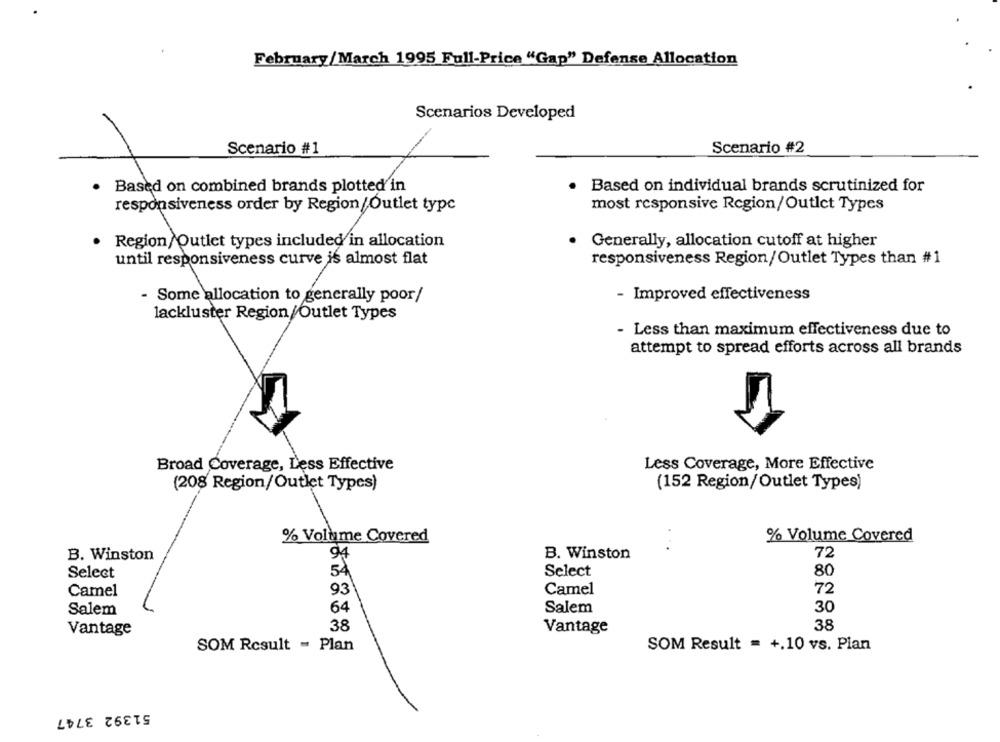
February/March 1995 Full-Price "Gap" Defense Allocation
Scenarios Developed
Scenario #2
Scenario #1
Based on combined brands plotted in
· Based on individual brands scrutinized for
responsiveness order by Region /Outlet type
most responsive Region/Outlet Types
. Region/Outlet types included in allocation
Generally, allocation cutoff at higher
until responsiveness curve is almost flat
responsiveness Region/Outlet Types than # 1
- Improved effectiveness
- Some allocation to generally poor/
lackluster Region/Outlet Types
- Less than maximum effectiveness due to
attempt to spread efforts across all brands
Broad Coverage, Less Effective
Less Coverage, More Effective
(208 Region/Outlet Types)
(152 Region/Outlet Types)
% Volume Covered
% Volume Covered
B. Winston
94
B. Winston
72
54
Select
Select
80
93
Camel
72
Camel
64
30
Salem
Salem
Vantage
38
Vantage
38
SOM Result - Plan
SOM Result = +.10 vs. Plan
51392 3747